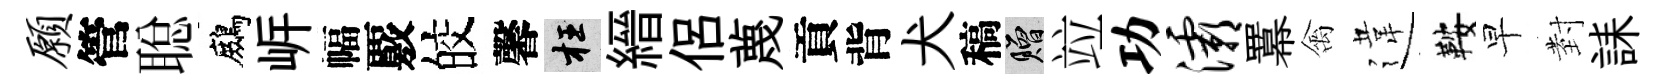
愿管聪鷓㟁幅覈皎馨枉縉侶蔑貢背犬稿贈竝功灞羃禽違鞍早𭔹誄